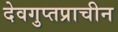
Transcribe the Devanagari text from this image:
देवगुप्तप्राचीन